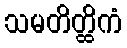
သမတိတ္ထိကံ